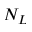
N _ { L }